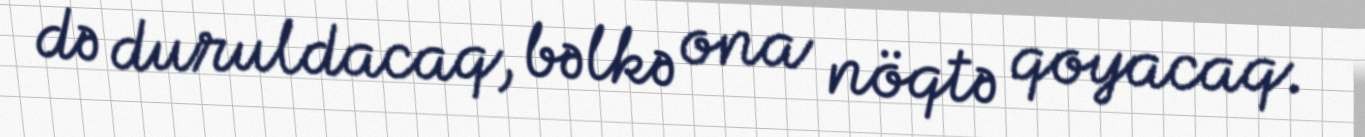
də duruldacaq, bəlkə ona nöqtə qoyacaq.